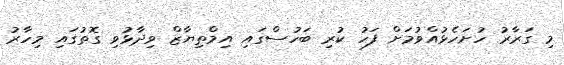
މި ގަރާރު ހުށަހެޅުއްވުމަށް ފަހު ކުރި ބަހުސްގައި އިމްތިޔާޒް ވިދާޅުވި ގޮތުގައި މިހާރު